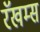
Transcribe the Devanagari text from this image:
रॅखम्स